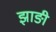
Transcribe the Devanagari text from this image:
झाङी